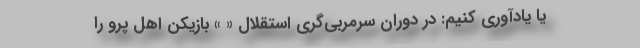
یا یادآوری کنیم: در دوران سرمربی‌گری استقلال « » بازیکن اهل پرو را